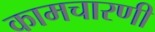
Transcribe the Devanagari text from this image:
कामचारणी